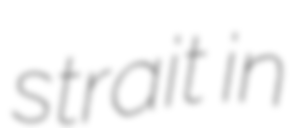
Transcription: strait in